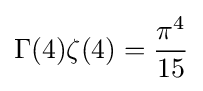
\Gamma (4)\zeta (4)={\frac {\pi ^{4}}{15}}